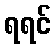
ရရင်